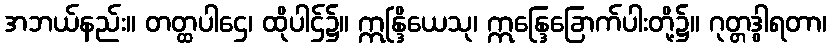
အဘယ်နည်း။ တတ္ထပါဌေ၊ ထိုပါဌ်၌။ ဣန္ဒြိယေသု၊ ဣန္ဒြေခြောက်ပါးတို့၌။ ဂုတ္တဒွါရတာ၊